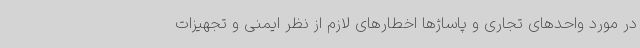
در مورد واحدهای تجاری و پاساژها اخطارهای لازم از نظر ایمنی و تجهیزات